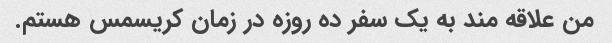
من علاقه مند به یک سفر ده روزه در زمان کریسمس هستم.